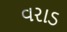
વરાડ